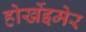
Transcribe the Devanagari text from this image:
होर्खेइमेर